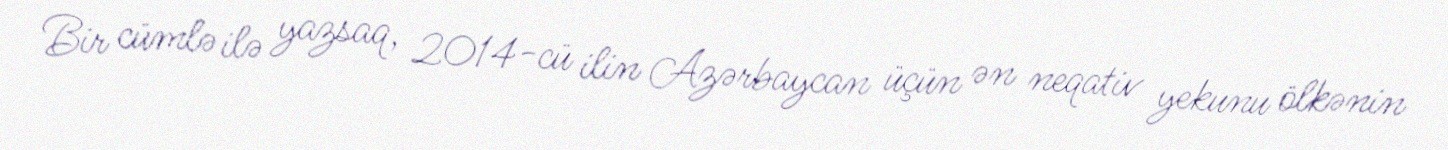
Bir cümlə ilə yazsaq, 2014-cü ilin Azərbaycan üçün ən neqativ yekunu ölkənin